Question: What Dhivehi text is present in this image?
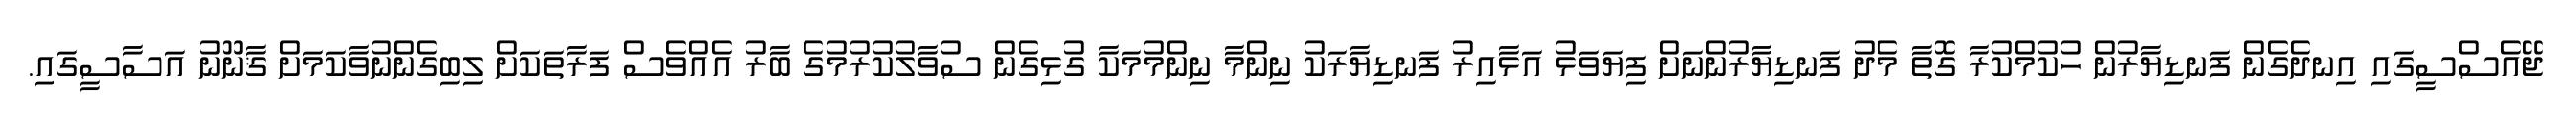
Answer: ޖޭއެސްސީގައި އިނދެގެން ފަނޑިޔާރުން ހުކުމްކުރާ ގޮތާ މެދު ފަނޑިޔާރުންނަށް ފިޔަވަޅު އަޅާއިރު ފަނޑިޔާރަކު ނިންމާ ނިންމުމަކާ ގުޅިގެން ސުވާލުކުރުމުގެ ބާރު އެއްވެސް ފަރާތަކަށް ލިބިގެންނުވާކަމަށް ޤާނޫނު އަސާސީގައި.